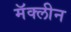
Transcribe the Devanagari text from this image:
मॅक्लीन